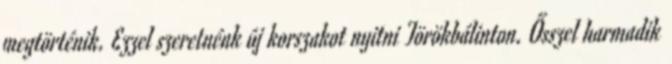
megtörténik. Ezzel szeretnénk új korszakot nyitni Törökbálinton. Ősszel harmadik